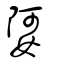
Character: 娿